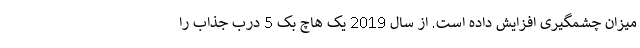
میزان چشمگیری افزایش داده است. از سال 2019 یک هاچ بک 5 درب جذاب را